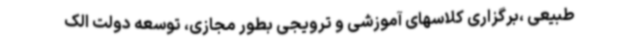
طبیعی ،برگزاری کلاسهای آموزشی و ترویجی بطور مجازی، توسعه دولت الک